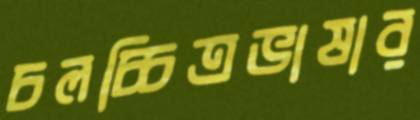
চলচ্চিত্রভাষার